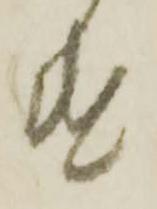
遣